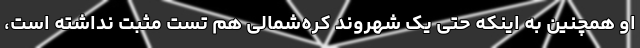
او همچنین به اینکه حتی یک شهروند کره‌شمالی هم تست مثبت نداشته است،